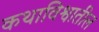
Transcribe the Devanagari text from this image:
कथाविश्वातील